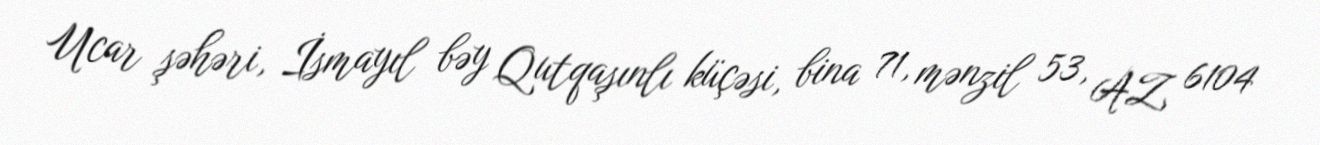
Ucar şəhəri, İsmayıl bəy Qutqaşınlı küçəsi, bina 71, mənzil 53, AZ 6104